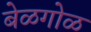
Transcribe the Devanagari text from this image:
बेळगोळ